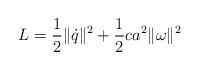
LaTeX: \begin{align*} L = \frac12\|\dot q\|^2 + \frac12 ca^2 \|\omega\|^2\end{align*}